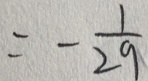
= - \frac { 1 } { 2 9 }